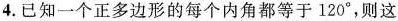
4.已知一个正多边形的每个内角都等于120^{\circ}，则这